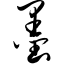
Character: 墨